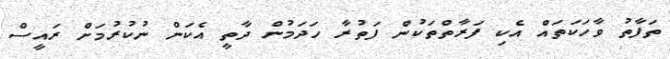
ތަފާތު ވާހަކަތައް އެކި ފަރާތްތަކުން ފަތުރާ ހަދަމުން ދާތީ އެކަން ނުކުރުމަށް ރައީސް